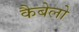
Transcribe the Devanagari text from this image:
कैबेलो